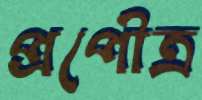
প্রপৌত্র